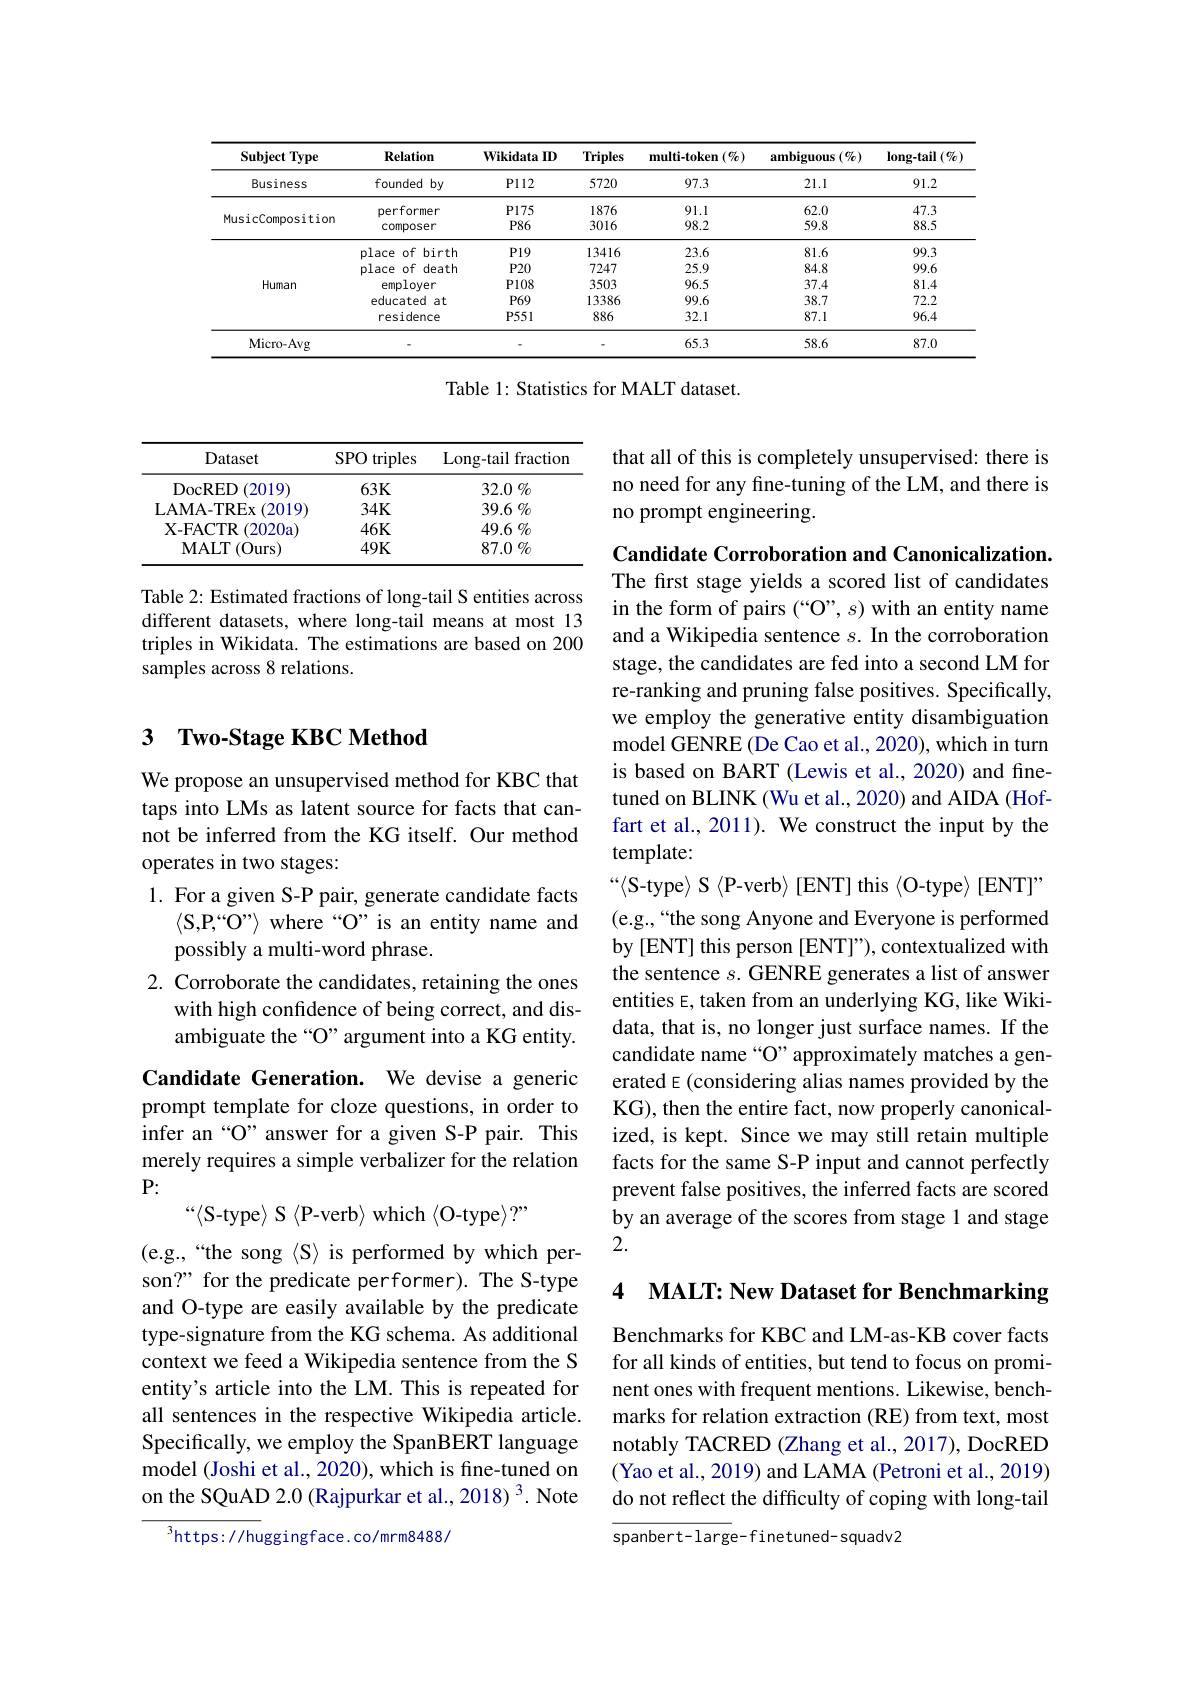
<table>
	<tbody>
		<tr>
			<th>Subject Type</th>
			<th>Relation</th>
			<th>Wikidata $ID$</th>
			<th>Triples</th>
			<th>${\mathrm{multi-token}}\left(\%\right)$</th>
			<th>ambiguous $(\%)$</th>
			<th>$\log$-tail$\left(\%\right)$</th>
		</tr>
		<tr>
			<td>Business</td>
			<td>founded by</td>
			<td>$P112$</td>
			<td>5720</td>
			<td>97.3</td>
			<td>21.1</td>
			<td>91.2</td>
		</tr>
		<tr>
			<td rowspan="2">MusicComposition</td>
			<td>performer</td>
			<td>$P175$</td>
			<td>1876</td>
			<td>91.1</td>
			<td>62.0</td>
			<td>47.3</td>
		</tr>
		<tr>
			<td>composer</td>
			<td>$P86$</td>
			<td>3016</td>
			<td>98.2</td>
			<td>59.8</td>
			<td>88.5</td>
		</tr>
		<tr>
			<td> </td>
			<td>place of birth</td>
			<td>$P19$</td>
			<td>13416</td>
			<td>23.6</td>
			<td>81.6</td>
			<td>99.3</td>
		</tr>
		<tr>
			<td rowspan="4">Human</td>
			<td>place of c death</td>
			<td>$P20$</td>
			<td>7247</td>
			<td>25.9</td>
			<td>84.8</td>
			<td>99.6</td>
		</tr>
		<tr>
			<td>employer</td>
			<td>$P108$</td>
			<td>3503</td>
			<td>96.5</td>
			<td>37.4</td>
			<td>81.4</td>
		</tr>
		<tr>
			<td>educated at</td>
			<td>$P69$</td>
			<td>13386</td>
			<td>99.6</td>
			<td>38.7</td>
			<td>72.2</td>
		</tr>
		<tr>
			<td>residence</td>
			<td>$P551$</td>
			<td>886</td>
			<td>32.1</td>
			<td>87.1</td>
			<td>96.4</td>
		</tr>
		<tr>
			<td>Micro- Avg</td>
			<td> </td>
			<td> </td>
			<td> </td>
			<td>65.3</td>
			<td>58.6</td>
			<td>87.0</td>
		</tr>
	</tbody>
</table>

Table 1: Statistics for MALT dataset.

that all of this is completely unsupervised: there is no need for any fine-tuning of the LM, and there is no prompt engineering.

<table>
	<tbody>
		<tr>
			<th>Dataset</th>
			<th>$SPO$ triples 1</th>
			<th>Long- tail fraction</th>
		</tr>
		<tr>
			<td>DocRED (2019)</td>
			<td>$63K$</td>
			<td>32.0 $\%$</td>
		</tr>
		<tr>
			<td>LAMA- TREx ( 2019) </td>
			<td>$34K$</td>
			<td>$39.6\%$</td>
		</tr>
		<tr>
			<td>$\mathbf{X-FACTR}$ (2020a</td>
			<td>$46K$</td>
			<td>$49.6\%$</td>
		</tr>
		<tr>
			<td>MALT (Ours)</td>
			<td>$49K$</td>
			<td>87.0 $\%$</td>
		</tr>
	</tbody>
</table>

Table 2: Estimated fractions of long-tail S entities across different datasets, where long-tail means at most 13 triples in Wikidata. The estimations are based on 200 samples across 8 relations.

## 3 $\textbf{Two- Stage KBC Method}$

Candidate Corroboration and Canonicalization. The first stage yields a scored list of candidates in the form of pairs (“O”, s) with an entity name and a Wikipedia sentence $s.$ In the corroboration stage, the candidates are fed into a second LM for re-ranking and pruning false positives. Specifically, we employ the generative entity disambiguation model GENRE (De Cao et al., 2020), which in turn is based on BART (Lewis et al., 2020) and finetuned on BLINK (Wu et al., 2020) and AIDA (Hoffart et al., 2011). We construct the input by the template:
$“\langle$S-type$\rangle$ S$\langle$P-verb$\rangle$[ENT] this{O-type}/[ENT]” (e.g.,“the song Anyone and Everyone is performed by [ENT] this person [ENT]"), contextualized with the sentence $s.$ GENRE generates a list of answer entities E, taken from an underlying KG, like Wikidata, that is, no longer just surface names. If the candidate name “O” approximately matches a generated E (considering alias names provided by the KG), then the entire fact, now properly canonicalized, is kept. Since we may still retain multiple facts for the same S-P input and cannot perfectly prevent false positives, the inferred facts are scored by an average of the scores from stage 1 and stage 2.

We propose an unsupervised method for KBC that taps into LMs as latent source for facts that cannot be inferred from the KG itself. Our method operates in two stages:
1. For a given S-P pair, generate candidate facts
$\langle$S,P,“O”〉 where“O” is an entity name and
possibly a multi-word phrase.
2. Corroborate the candidates, retaining the ones
with high confidence of being correct, and disambiguate the “O” argument into a KG entity.
Candidate Generation. We devise a generic prompt template for cloze questions, in order to infer an“O”answer for a given S-P pair. This merely requires a simple verbalizer for the relation $P:$

$“\langle$S-type$\rangle$ S〈P-verb〉which〈O-type〉?”

4 MALT: New Dataset for Benchmarking

(e.g.,“the song〈S〉is performed by which person?" for the predicate performer). The S-type and O-type are easily available by the predicate type-signature from the KG schema. As additional context we feed a Wikipedia sentence from the S entity's article into the LM. This is repeated for all sentences in the respective Wikipedia article. Specifically, we employ the SpanBERT language model (Joshi et al., 2020), which is fine-tuned on on the SQuAD 2.0 (Rajpurkar et al., 2018) 3. Note

Benchmarks for KBC and LM-as-KB cover facts for all kinds of entities, but tend to focus on prominent ones with frequent mentions. Likewise, benchmarks for relation extraction (RE) from text, most notably TACRED (Zhang et al., 2017), DocRED (Yao et al., 2019) and LAMA (Petroni et al., 2019) do not reflect the difficulty of coping with long-tail

${^{3}\mathrm{https://hu}}$ggingface.co/mrm8488/

spanbert- large- f inetuned- squadv2